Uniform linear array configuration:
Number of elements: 4
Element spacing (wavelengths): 1
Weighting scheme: hamming
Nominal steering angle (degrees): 15
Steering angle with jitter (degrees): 16.361
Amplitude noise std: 0.05
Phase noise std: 0.05

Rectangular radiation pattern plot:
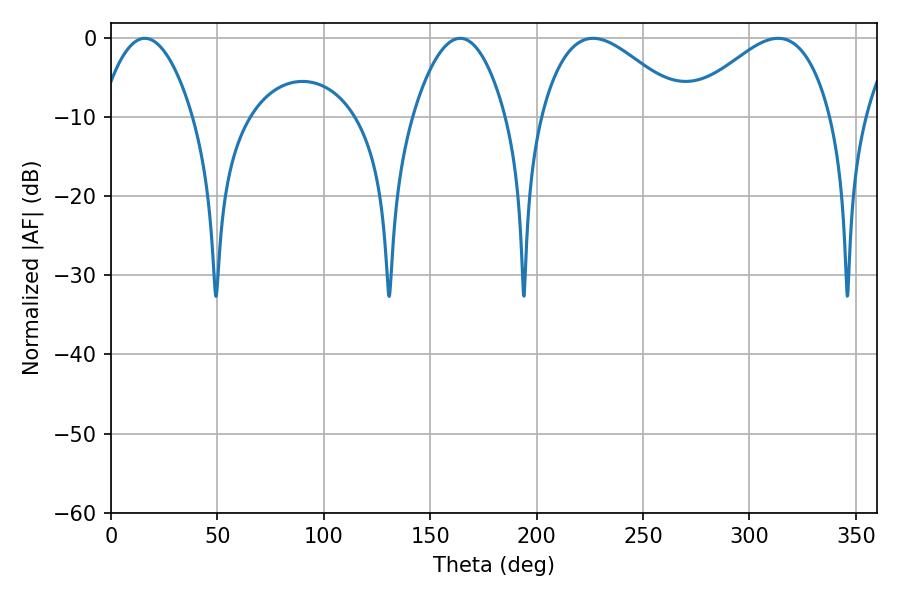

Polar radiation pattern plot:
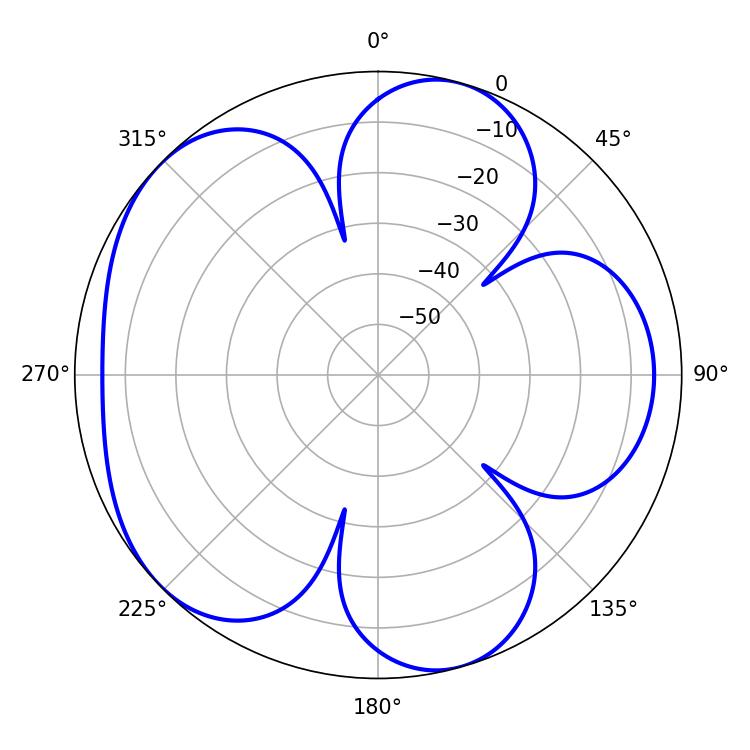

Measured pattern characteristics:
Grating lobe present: TRUE
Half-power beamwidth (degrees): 36.54
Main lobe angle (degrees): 313.38